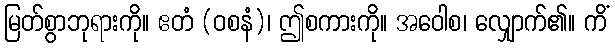
မြတ်စွာဘုရားကို။ ဧတံ (ဝစနံ)၊ ဤစကားကို။ အဝေါစ၊ လျှောက်၏။ ကိံ